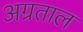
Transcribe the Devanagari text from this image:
अग्रताल